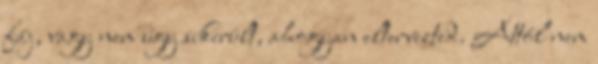
fáj, vagy nem úgy sikerült, ahogyan eltervezted. Attól nem